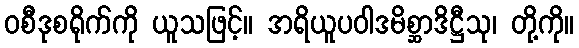
ဝစီဒုစရိုက်ကို ယူသဖြင့်။ အရိယူပဝါဒမိစ္ဆာဒိဋ္ဌီသု၊ တို့ကို။